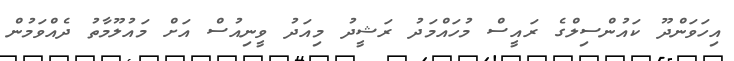
އިހަވަންދޫ ކައުންސިލްގެ ރައީސް މުހައްމަދު ރަޝީދު މިއަދު ވީނިއުސް އަށް މައުލޫމާތު ދެއްވަމުން